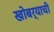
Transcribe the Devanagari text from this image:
खोबर्याची